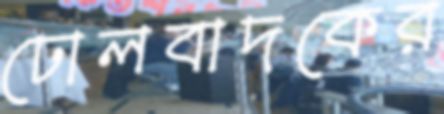
ঢোলবাদকের